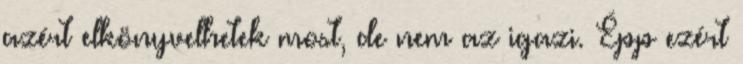
azért elkönyvelhetek most, de nem az igazi. Épp ezért